65_HS1-834228961_62-HQ-83894_Section_10
Agency: FBI
Page 97
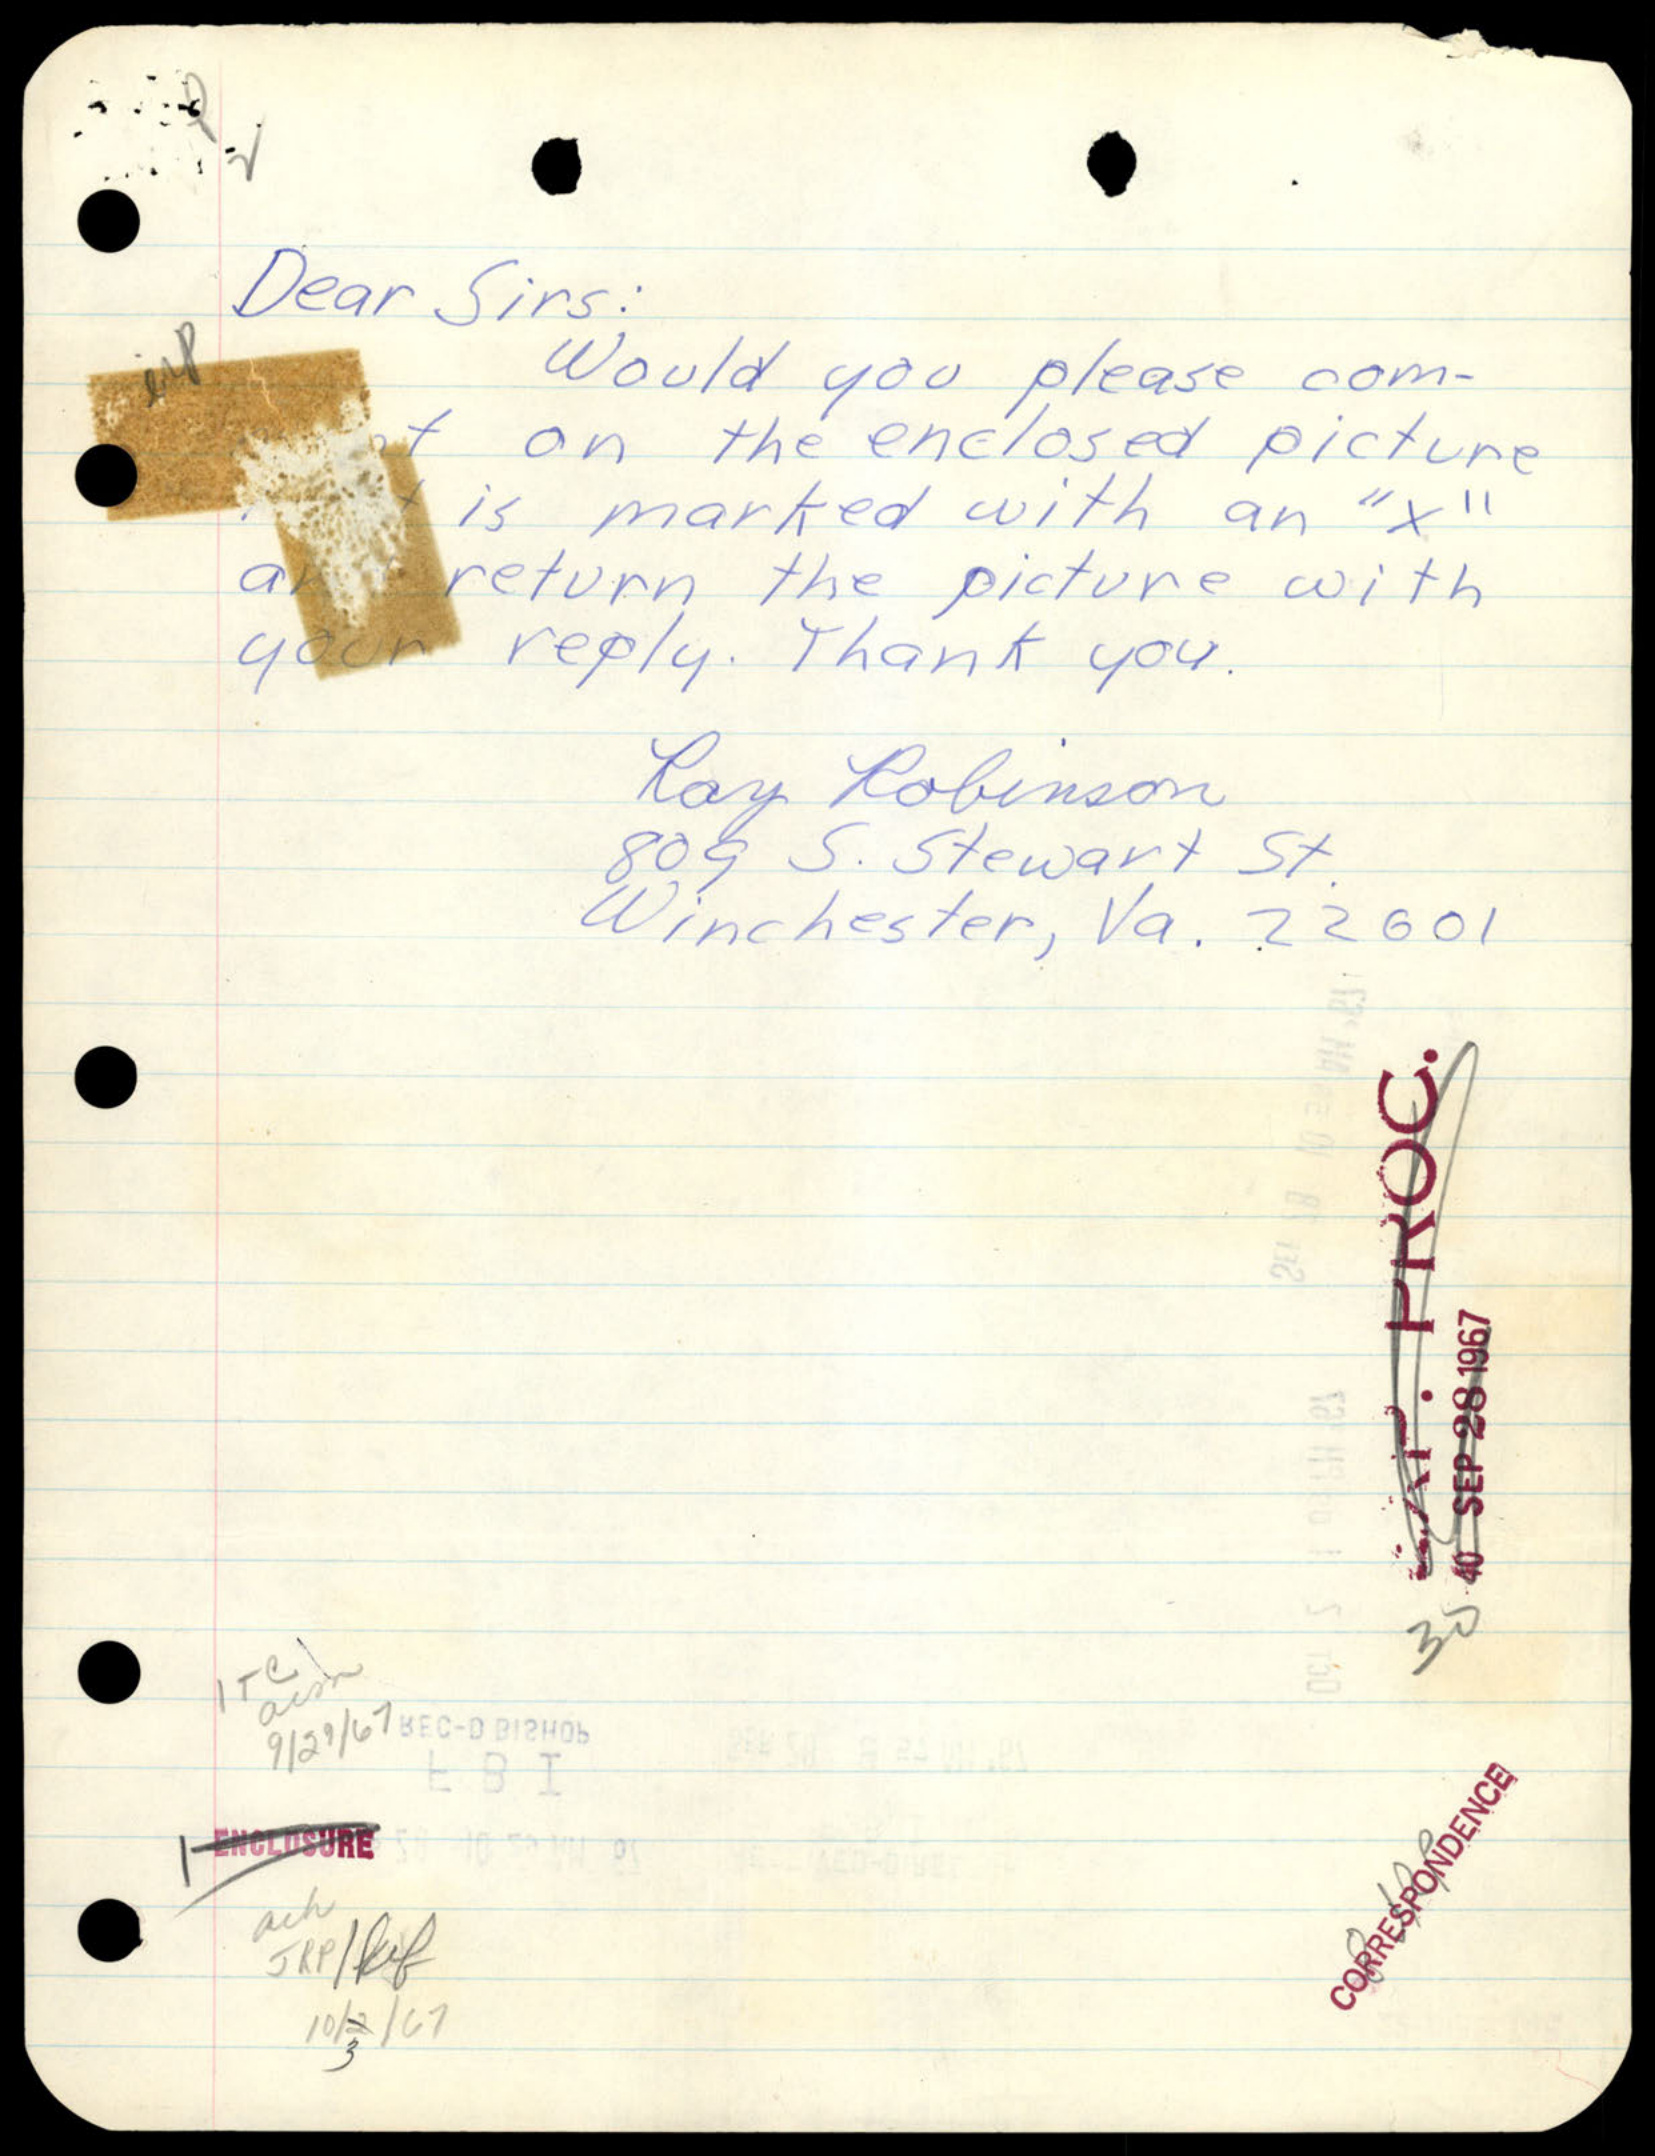